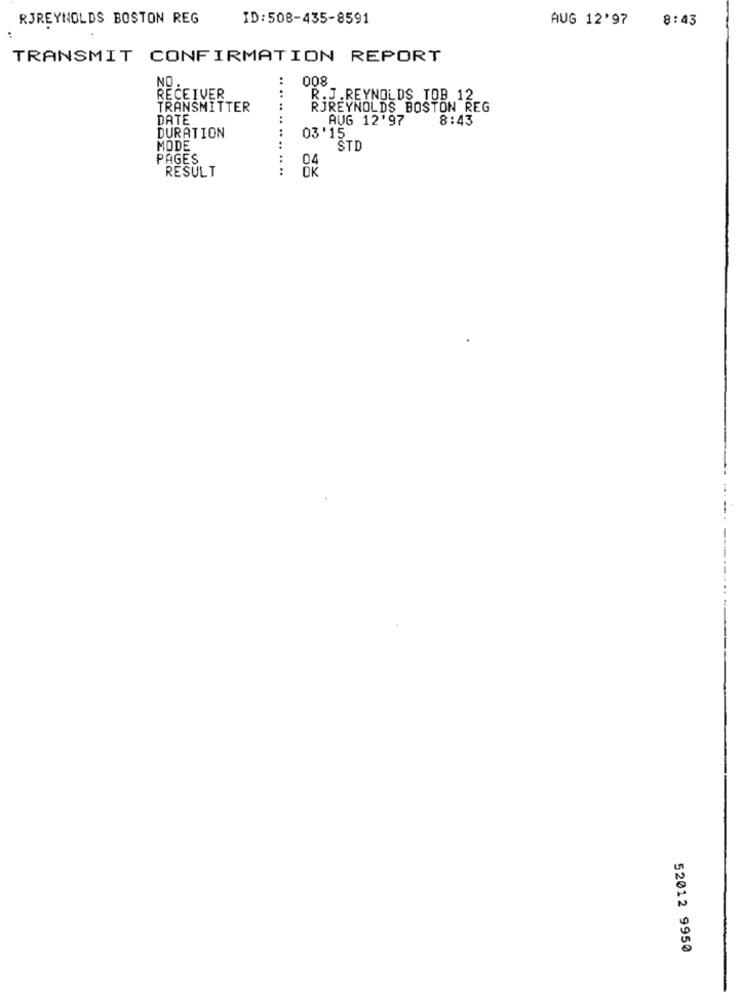
RJREYNOLDS BOSTON REG
ID:508-435-8591
AUG 12'97
8:43
TRANSMIT CONFIRMATION REPORT
NO
008
RECEIVER
..
R.J.REYNOLDS TOB 12
TRANSMITTER
RJREYNOLDS BOSTON REG
DATE
AUG 12'97
8:43
DURATION
03'15
MODE
.. ..
STD
PAGES
RESULT
04
OK
52012 9950